Sketch of the medical history of the native army of Bombay, for the year
Year: 1875
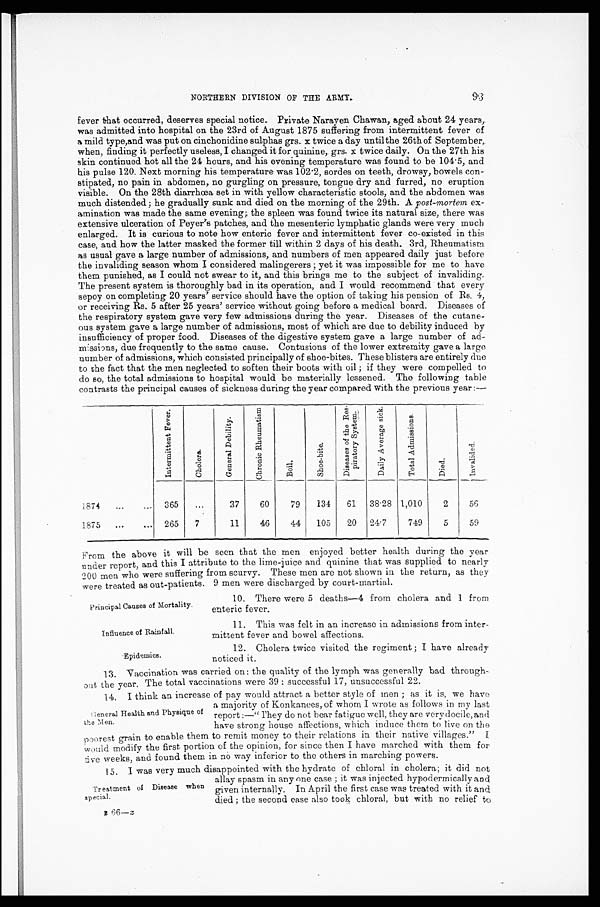
Principal Causes of Mortality.
Influence of Rainfall
Epidemics.
NORTHERN DIVISION OF THE ARMY. 93
fever that occurred, deserves special notice. Private Narayen Chawan, aged about 24 years,
was admitted into hospital on the 23rd of August 1875 suffering from intermittent fever of
a mild type,and was put on cinchonidine sulphas grs. x twice a day until the 26th of September,
when, finding it perfectly useless, I changed it for quinine, grs. x twice daily. On the 27th his
skin continued hot all the 24 hours, and his evening temperature was found to be 104·5, and
his pulse 120. Next morning his temperature was 102·2, sordes on teeth, drowsy, bowels con
-stipated, no pain in abdomen, no gurgling on pressure, tongue dry and furred, no eruption
visible. On the 28th diarrhœa set in with yellow characteristic stools, and the abdomen was
much distended; he gradually sunk and died on the morning of the 29th. A post-mortem ex-
amination was made the same evening; the spleen was found twice its natural size, there was
extensive ulceration of Peyer's patches, and the mesenteric lymphatic glands were very much
enlarged. It is curious to note how enteric fever and intermittent fever co-existed in this
case, and how the latter masked the former till within 2 days of his death. 3rd, Rheumatism
as usual gave a large number of admissions, and numbers of men appeared daily just before
the invaliding season whom I considered malingerers; yet it was impossible for me to have
them punished, as I could not swear to it, and this brings me to the subject of invaliding.
The present system is thoroughly bad in its operation, and I would recommend that every
sepoy on completing 20 years' service should have the option of taking his pension of Rs. 4,
or receiving Rs. 5 after 25 years' service without going before a medical board. Diseases of
the respiratory system gave very few admissions during the year. Diseases of the cutane
-ous system gave a large number of admissions, most of which are due to debility induced by
insufficiency of proper food. Diseases of the digestive system gave a large number of ad
-missions, due frequently to the same cause. Contusions of the lower extremity gave a large
number of admissions, which consisted principally of shoe-bites. These blisters are entirely due
to the fact that the men neglected to soften their boots with oil; if they were compelled to
do so, the total admissions to hospital would be materially lessened. The following table
contrasts the principal causes of sickness during the year compared with the previous year:—
I n t e r m i t t e n t F e v e r .
C h o l e r a .
G e n e r a l D e b i l i t y .
C h r o n i c R h e u m a t i s m .
B o i l . S h o e - b i t e .
D i s e a s e s o f t h e R e s - p i r a t o r y S y s t e m .
D a i l y A v e r a g e s i c k .
T o t a l A d m i s s i o n s .
D i e d .
I n v a l i d e d .
1874
365
...
37
60
79
134
61 38·28 1,010
2
56
1875
265
7
11
46
44
105
20 24·7
749
5
59
From the above it will be seen that the men enjoyed better health during the year
under report, and this I attribute to the lime-juice and quinine that was supplied to nearly
200 men who were suffering from scurvy. These men are not shown in the return, as they
were treated as out-patients. 9 men were discharged by court-martial.
10. There were 5 deaths—4 from cholera and 1 from
enteric fever.
11. This was felt in an increase in admissions from inter
-mittent fever and bowel affections.
12. Cholera twice visited the regiment; I have already
noticed it.
13. Vaccination was carried on: the quality of the lymph was generally bad through
-out the year. The total vaccinations were 39: successful 17, unsuccessful 22.
14. I think an increase of pay would attract a better style of men; as it is, we have
a majority of Konkanees, of whom I wrote as follows in my last
report :—"They do not bear fatigue well, they are very docile, and
have strong house affections, which induce them to live on the
poorest grain to enable them to remit money to their relations in their native villages." I
would modify the first portion of the opinion, for since then I have marched with them for
five weeks, and found them in no way inferior to the others in marching powers.
15. I was very much disappointed with the hydrate of chloral in cholera; it did not
allay spasm in any one case; it was injected hypodermically and
given internally. In April the first case was treated with it and
died; the second case also took chloral, but with no relief t
o
R 6 6 —
x
General Health and Physique of
the Men.
Treatment of Disease when
specia l .